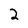
Character: 2